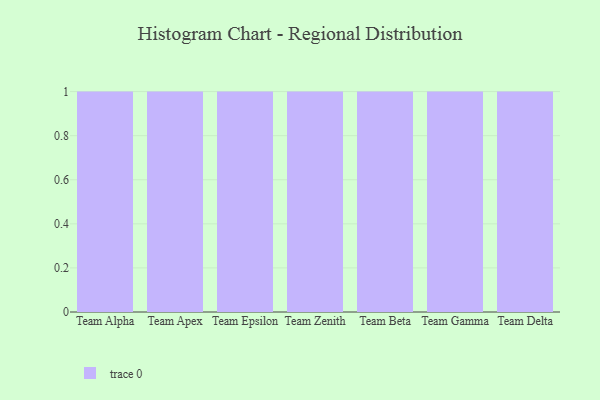
{"axis": {"x": "Team", "y": "Inventory Turnover"}, "legend": [""], "data": [{"x": "Team Alpha", "y": 13, "type": ""}, {"x": "Team Apex", "y": 72, "type": ""}, {"x": "Team Epsilon", "y": 73, "type": ""}, {"x": "Team Zenith", "y": 100, "type": ""}, {"x": "Team Beta", "y": 65, "type": ""}, {"x": "Team Gamma", "y": 62, "type": ""}, {"x": "Team Delta", "y": 79, "type": ""}]}